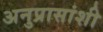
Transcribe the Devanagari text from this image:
अनुप्रासांशी